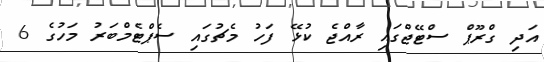
އަދި ގްރޫޕް ސްޓޭޖްގައި ރާއްޖެ ކުޅޭ ފަހު މެޗުގައި ސެޕްޓެމްބަރު މަހުގެ 6